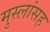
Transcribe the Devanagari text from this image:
मुस्लांसह